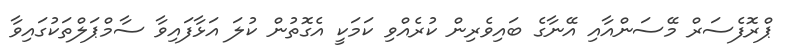
ޕްރޮފެސަރް މޭސަންއާއި އޭނާގެ ބައިވެރިން ކުރެއްވި ކަމަކީ އެގޮތުން ކުލަ އަޅާފައިވާ ސާމްޕަލްތަކުގައިވާ